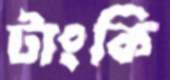
টাংকি